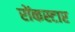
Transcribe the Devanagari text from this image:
रोंकस्टार